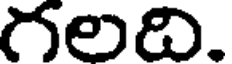
గలది.